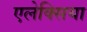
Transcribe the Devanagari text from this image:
एलेक्सिया